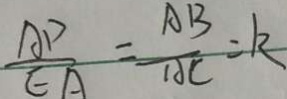
\frac { A P } { E A } = \frac { A B } { A C } = k